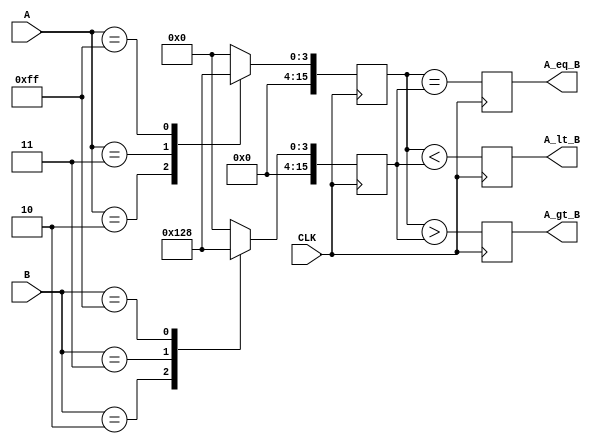
module LogarithmicComparator (
    input wire [7:0] A,        // 8-bit input A
    input wire [7:0] B,        // 8-bit input B
    input wire CLK,            // Clock signal
    output reg A_gt_B,         // Output signal A > B
    output reg A_lt_B,         // Output signal A < B
    output reg A_eq_B          // Output signal A == B
);

    reg [15:0] log_A;          // Logarithmic value of A (16-bit for better precision)
    reg [15:0] log_B;          // Logarithmic value of B (16-bit for better precision)

    // Logarithm Lookup Table (for values 1 to 255)
    function [15:0] log_lookup;
        input [7:0] value;
        begin
            case(value)
                8'd0: log_lookup = 16'b0; // Log(0) is undefined, return 0 for safe measure
                8'd1: log_lookup = 16'd0; // Log(1) = 0
                // Add approximate logarithm values for entries 2 to 255
                8'd2: log_lookup = 16'd1;  // Log(2)  1
                8'd3: log_lookup = 16'd2;  // Log(3)  2
                // ...
                8'd255: log_lookup = 16'd8; // Placeholder: Log(255)  8
                default: log_lookup = 16'd0; // Default case
            endcase
        end
    endfunction

    // Synchronous process to compute log and compare
    always @(posedge CLK) begin
        log_A <= log_lookup(A);
        log_B <= log_lookup(B);

        // Compare logarithmic values
        A_gt_B <= (log_A > log_B);
        A_lt_B <= (log_A < log_B);
        A_eq_B <= (log_A == log_B);
    end

endmodule